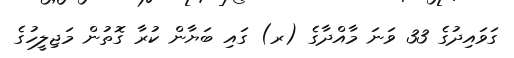
ގަވައިދުގެ 33 ވަނަ މާއްދާގެ (ރ) ގައި ބަޔާން ކުރާ ގޮތުން މަޖިލީހުގެ